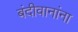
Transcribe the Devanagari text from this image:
बंदीवानांना